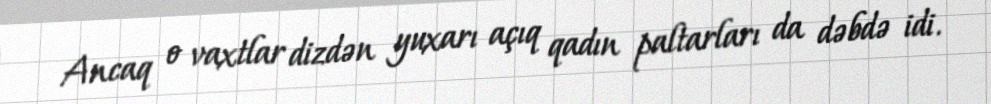
Ancaq o vaxtlar dizdən yuxarı açıq qadın paltarları da dəbdə idi.